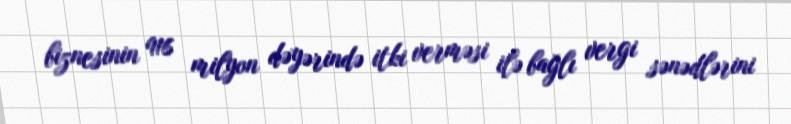
biznesinin 916 milyon dəyərində itki verməsi ilə bağlı vergi sənədlərini